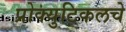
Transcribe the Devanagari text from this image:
प्रोक्युटिकलचे